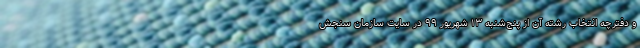
و دفترچه انتخاب رشته آن از پنج‌شنبه ۱۳ شهریور ۹۹ در سایت سازمان سنجش